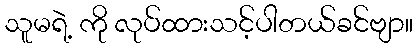
သူမရဲ့ ကို လုပ်ထားသင့်ပါတယ်ခင်ဗျာ။